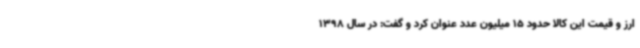
ارز و قیمت این کالا حدود 15 میلیون عدد عنوان کرد و گفت: در سال 1398